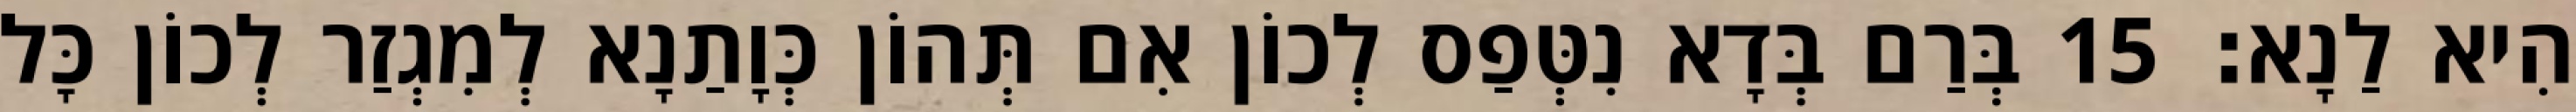
הִיא לַנָא׃ 15 בְּרַם בְּדָא נִטְּפַס לְכוֹן אִם תְּהוֹן כְּוָתַנָא לְמִגְזַר לְכוֹן כָּל